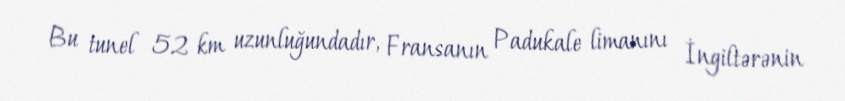
Bu tunel 52 km uzunluğundadır, Fransanın Padukale limanını İngiltərənin